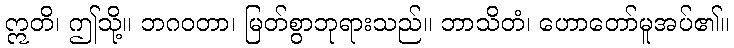
ဣတိ၊ ဤသို့။ ဘဂဝတာ၊ မြတ်စွာဘုရားသည်။ ဘာသိတံ၊ ဟောတော်မူအပ်၏။